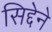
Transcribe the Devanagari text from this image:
सिद्देने